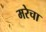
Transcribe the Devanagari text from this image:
मरेचा